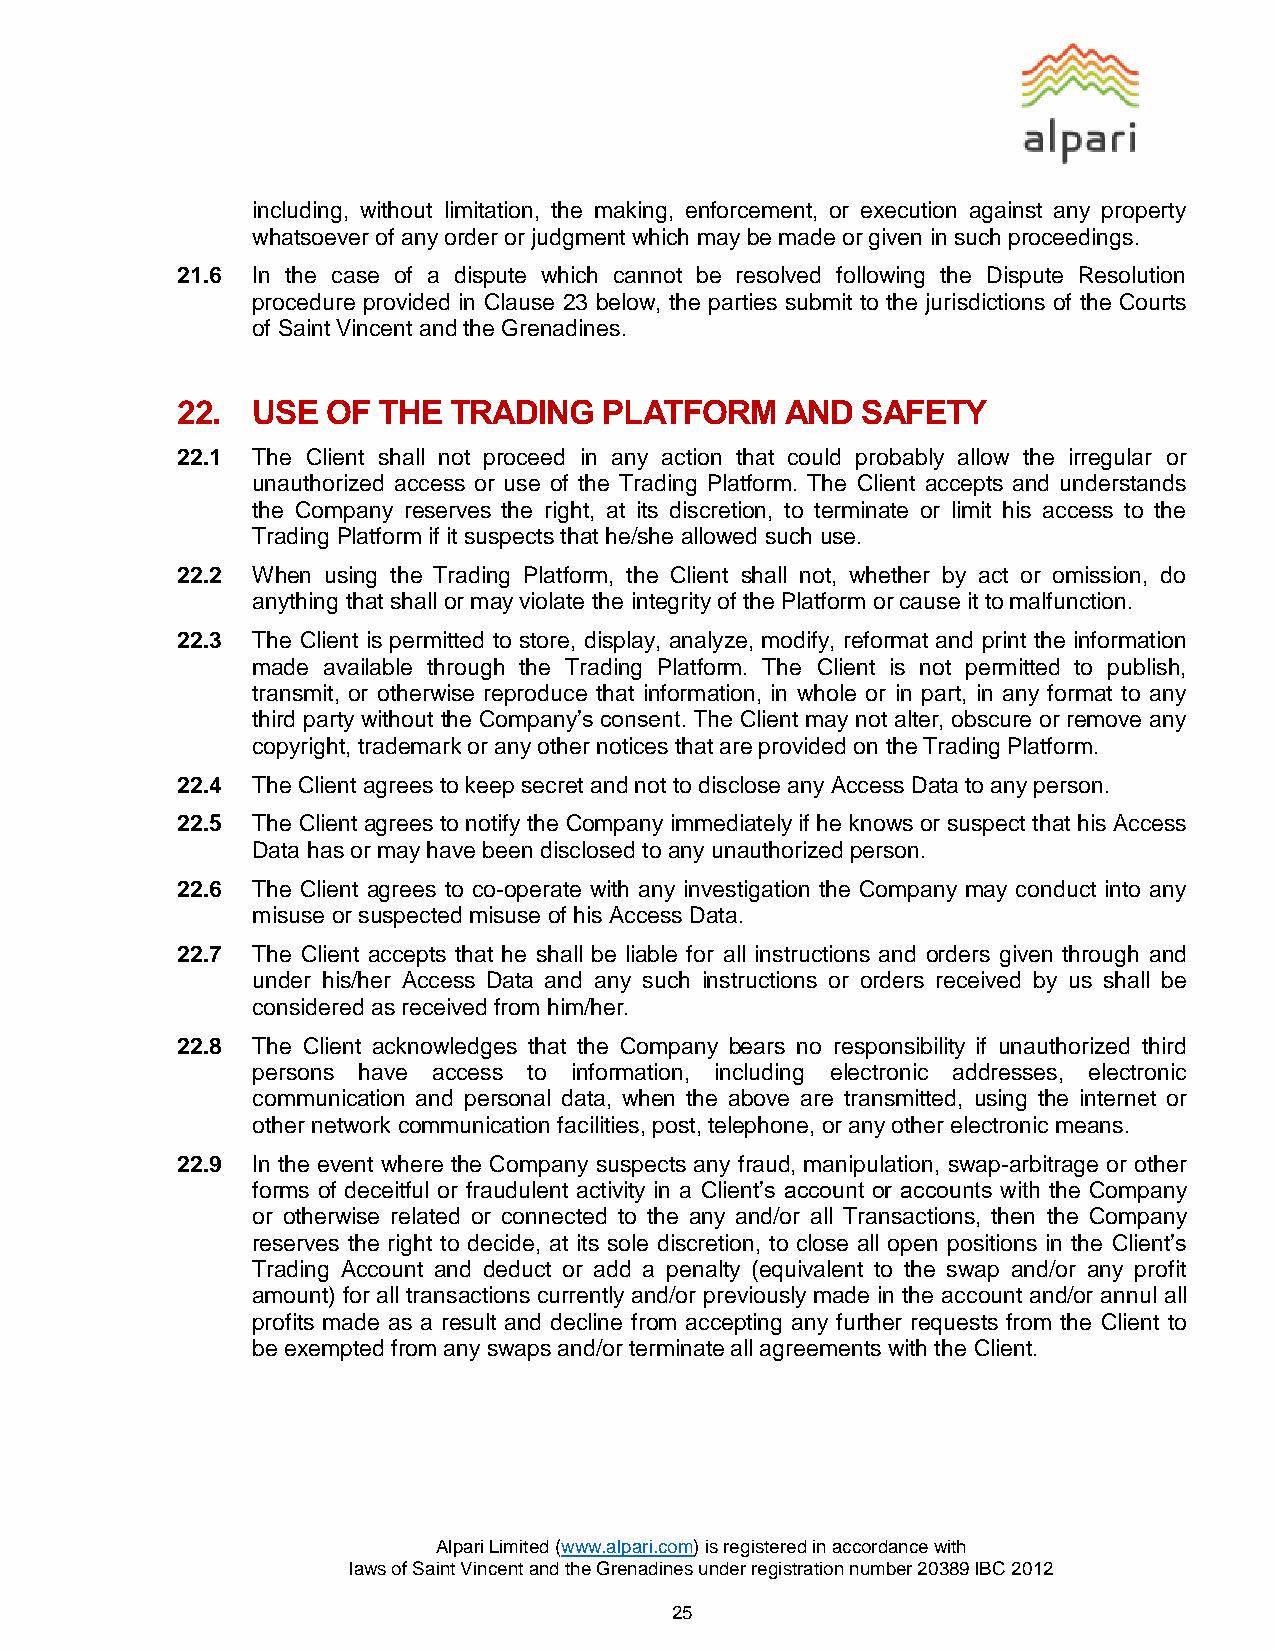
including, without limitation, the making, enforcement, or execution against any property
 whatsoever of any order or judgment which may be made or given in such proceedings.
 21.6 In the case of a dispute which cannot be resolved following the Dispute Resolution
 procedure provided in Clause 23 below, the parties submit to the jurisdictions of the Courts
 of Saint Vincent and the Grenadines.
 22.  USE  OF THE  TRADING   PLATFORM    AND  SAFETY
 22.1 The Client shall not proceed in any action that could probably allow the irregular or
 unauthorized access or use of the Trading Platform. The Client accepts and understands
 the Company reserves the right, at its discretion, to terminate or limit his access to the
 Trading Platform if it suspects that he/she allowed such use.
 22.2 When using the Trading Platform, the Client shall not, whether by act or omission, do
 anything that shall or may violate the integrity of the Platform or cause it to malfunction.
 22.3 The Client is permitted to store, display, analyze, modify, reformat and print the information
 made available through the Trading Platform. The Client is not permitted to publish,
 transmit, or otherwise reproduce that information, in whole or in part, in any format to any
 third party without the Company’s consent. The Client may not alter, obscure or remove any
 copyright, trademark or any other notices that are provided on the Trading Platform.
 22.4 The Client agrees to keep secret and not to disclose any Access Data to any person.
 22.5 The Client agrees to notify the Company immediately if he knows or suspect that his Access
 Data has or may have been disclosed to any unauthorized person.
 22.6 The Client agrees to co-operate with any investigation the Company may conduct into any
 misuse or suspected misuse of his Access Data.
 22.7 The Client accepts that he shall be liable for all instructions and orders given through and
 under his/her Access Data and any such instructions or orders received by us shall be
 considered as received from him/her.
 22.8 The Client acknowledges that the Company bears no responsibility if unauthorized third
 persons have access to information, including electronic addresses, electronic
 communication and personal data, when the above are transmitted, using the internet or
 other network communication facilities, post, telephone, or any other electronic means.
 22.9 In the event where the Company suspects any fraud, manipulation, swap-arbitrage or other
 forms of deceitful or fraudulent activity in a Client’s account or accounts with the Company
 or otherwise related or connected to the any and/or all Transactions, then the Company
 reserves the right to decide, at its sole discretion, to close all open positions in the Client’s
 Trading Account and deduct or add a penalty (equivalent to the swap and/or any profit
 amount) for all transactions currently and/or previously made in the account and/or annul all
 profits made as a result and decline from accepting any further requests from the Client to
 be exempted from any swaps and/or terminate all agreements with the Client.
 Alpari Limited (www.alpari.com) is registered in accordance with
 laws of Saint Vincent and the Grenadines under registration number 20389 IBC 2012
 25